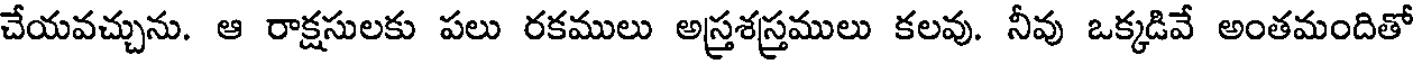
చేయవచ్చును. ఆ రాక్షసులకు పలు రకములు అస్తశస్తములు కలవు. నీవు ఒక్కడివే అంతమందితో